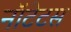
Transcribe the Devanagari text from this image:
नॉटेटस